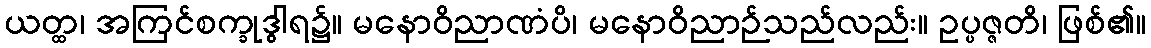
ယတ္ထ၊ အကြင်စက္ခုဒွါရ၌။ မနောဝိညာဏံပိ၊ မနောဝိညာဉ်သည်လည်း။ ဥပ္ပဇ္ဇတိ၊ ဖြစ်၏။